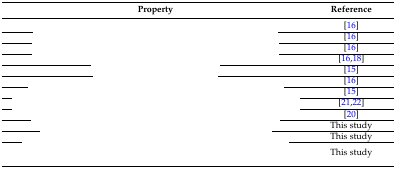
<table><thead><tr><td><b>Property</b></td><td><b>Reference</b></td></tr></thead><tbody><tr><td>[EMPTY_CELL]</td><td>[16]</td></tr><tr><td>[EMPTY_CELL]</td><td>[16]</td></tr><tr><td>[EMPTY_CELL]</td><td>[16]</td></tr><tr><td>[EMPTY_CELL]</td><td>[16,18]</td></tr><tr><td>[EMPTY_CELL]</td><td>[15]</td></tr><tr><td>[EMPTY_CELL]</td><td>[16]</td></tr><tr><td>[EMPTY_CELL]</td><td>[15]</td></tr><tr><td>[EMPTY_CELL]</td><td>[21,22]</td></tr><tr><td>[EMPTY_CELL]</td><td>[20]</td></tr><tr><td>[EMPTY_CELL]</td><td>This study</td></tr><tr><td>[EMPTY_CELL]</td><td>This study</td></tr><tr><td>[EMPTY_CELL]</td><td>This study</td></tr></tbody></table>